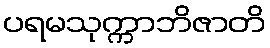
ပရမသုက္ကာဘိဇာတိ